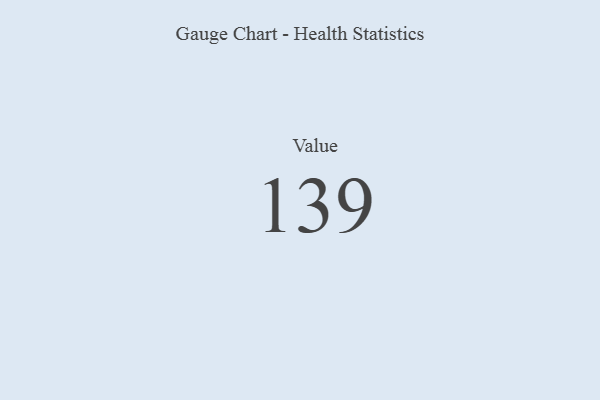
{"axis": {"x": "Metric", "y": "Value"}, "legend": [""], "data": [{"x": "Value", "y": 139, "type": ""}]}